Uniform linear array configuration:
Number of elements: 64
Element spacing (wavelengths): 0.5
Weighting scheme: binomial
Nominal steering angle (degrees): -30
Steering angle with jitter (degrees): -30.043
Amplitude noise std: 0.05
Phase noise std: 0.05

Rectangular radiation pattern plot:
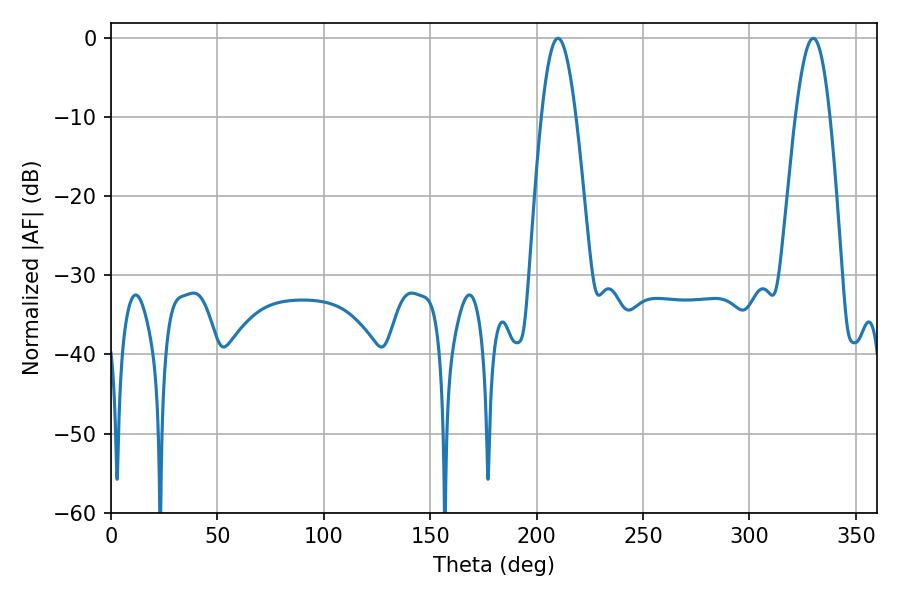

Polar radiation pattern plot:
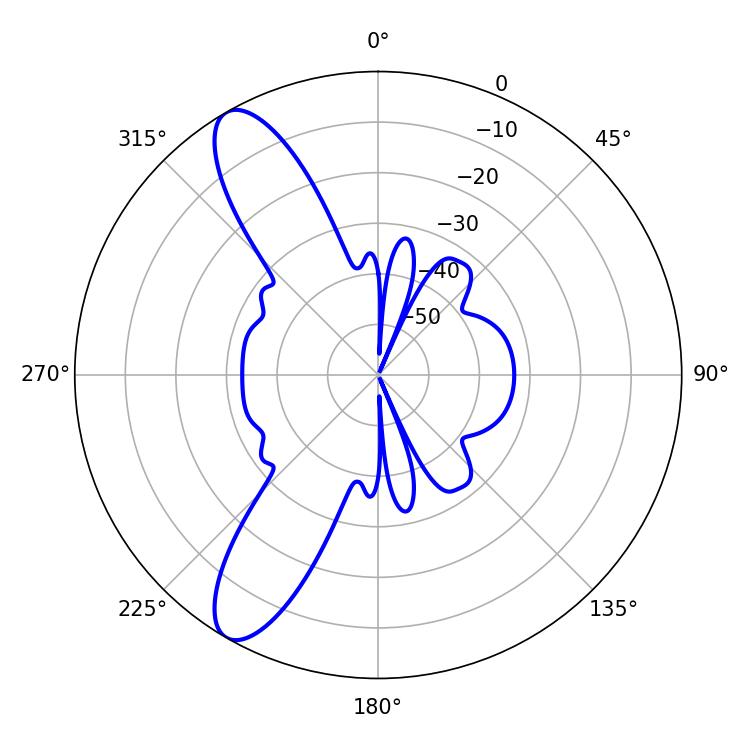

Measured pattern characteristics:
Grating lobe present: FALSE
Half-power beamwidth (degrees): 8.82
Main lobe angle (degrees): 210.06